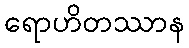
ရောဟိတဿာန